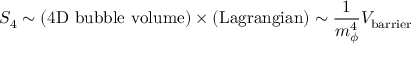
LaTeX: S _ { 4 } \sim ( \mathrm { 4 D ~ b u b b l e ~ v o l u m e } ) \times ( \mathrm { L a g r a n g i a n } ) \sim \frac { 1 } { m _ { \phi } ^ { 4 } } V _ { \mathrm { b a r r i e r } }